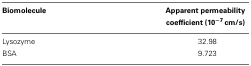
<table><thead><tr><td><b>Biomolecule</b></td><td><b>Apparent permeability coefficient (10<sup>−7</sup> cm/s)</b></td></tr></thead><tbody><tr><td>Lysozyme</td><td>32.98</td></tr><tr><td>BSA</td><td>9.723</td></tr></tbody></table>